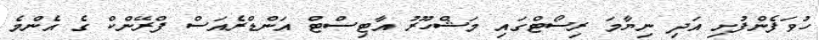
ހުވަފެންފުށި އަދި ނިޔާމަ ރިސޯޓްގައި މަޝްހޫރު އާޓިސްޓް އަންޑްރެއަސް ފްރޭންކް ގެ އެންމެ